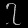
Digit: ၇